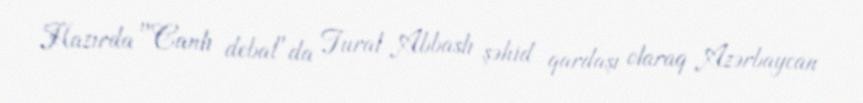
Hazırda "Canlı debat"da Tural Abbaslı şəhid qardaşı olaraq Azərbaycan